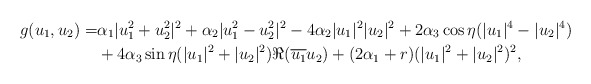
\begin{align*}g(u_1,u_2)=& \alpha_1 |u_1^2+u_2^2|^2 + \alpha_2 |u_1^2-u_2^2|^2 -4\alpha_2 |u_1|^2|u_2|^2 +2\alpha_3 \cos \eta (|u_1|^4-|u_2|^4) \\&+4 \alpha_3 \sin \eta (|u_1|^2+|u_2|^2) \Re (\overline{u_1}u_2) + (2\alpha_1 + r) (|u_1|^2+|u_2|^2)^2,\end{align*}